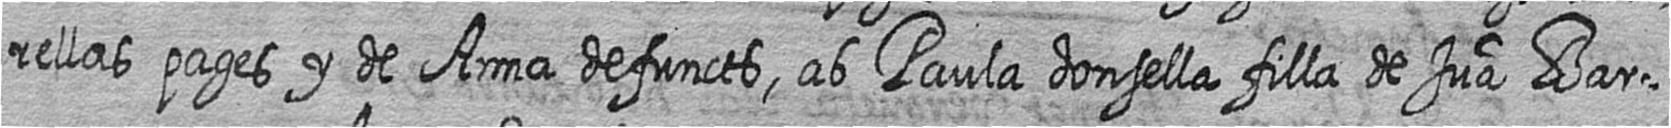
rellas pages y de Anna defuncts ab Paula donsella filla de Jua Bar=